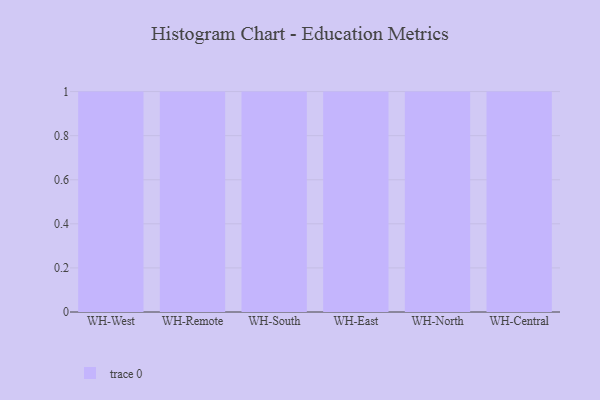
{"axis": {"x": "Warehouse", "y": "Churn Rate (%)"}, "legend": [""], "data": [{"x": "WH-West", "y": 73, "type": ""}, {"x": "WH-Remote", "y": 18, "type": ""}, {"x": "WH-South", "y": 32, "type": ""}, {"x": "WH-East", "y": 37, "type": ""}, {"x": "WH-North", "y": 46, "type": ""}, {"x": "WH-Central", "y": 7, "type": ""}]}